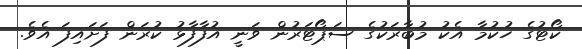
ކޯޓުގެ ހުކުމާ އެކު މުބާރަކުގެ ސަޕޯޓަރުން ވަނީ އުފާފާޅު ކުރަން ފަށައިފަ އެވެ.